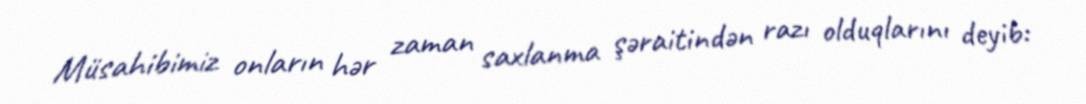
Müsahibimiz onların hər zaman saxlanma şəraitindən razı olduqlarını deyib: